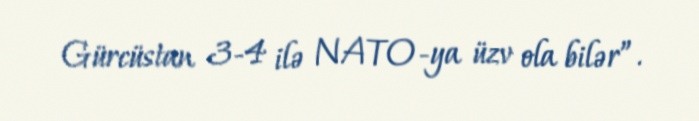
Gürcüstan 3-4 ilə NATO-ya üzv ola bilər”.